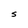
Character: s